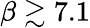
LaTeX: \beta\gtrsim 7.1